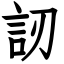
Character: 訒